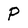
Character: P